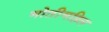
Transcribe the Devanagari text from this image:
मोतीमहिल